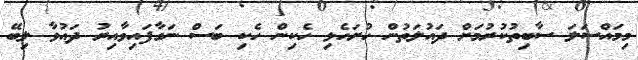
މިމައްސަލަ ސާބިތުކުރުމަށް ދައުލަތުން ހުށަހެޅި ހެކިން ހެކި ބަސް ނަގާފައިވާއިރު ދައުވާ ލިބޭ